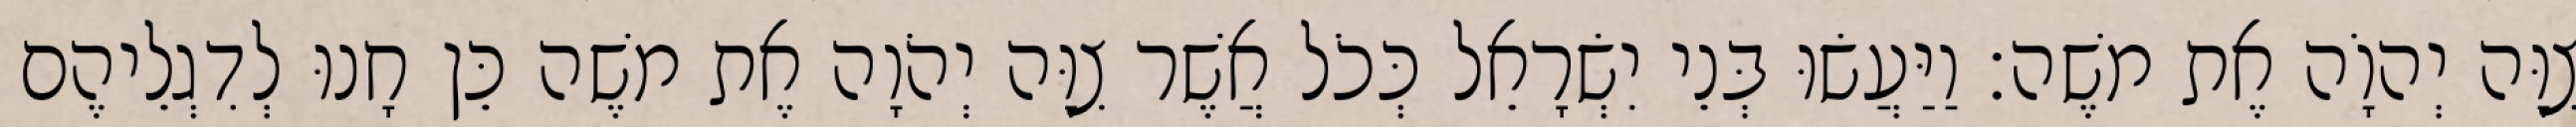
צִוָּה יְהוָֹה אֶת משֶׁה׃ וַיַּעֲשׂוּ בְּנֵי יִשְׂרָאֵל כְּכֹל אֲשֶׁר צִוָּה יְהֹוָה אֶת משֶׁה כֵּן חָנוּ לְדִגְלֵיהֶם